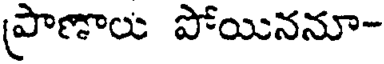
ప్రాణాలు పోయిననూ-